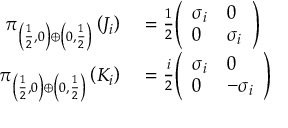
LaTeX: \begin{array} { r l } { \pi _ { \left( { \frac { 1 } { 2 } } , 0 \right) \oplus \left( 0 , { \frac { 1 } { 2 } } \right) } \left( J _ { i } \right) } & { { } = { \frac { 1 } { 2 } } { \left( \begin{array} { l l } { \sigma _ { i } } & { 0 } \\ { 0 } & { \sigma _ { i } } \end{array} \right) } } \\ { \pi _ { \left( { \frac { 1 } { 2 } } , 0 \right) \oplus \left( 0 , { \frac { 1 } { 2 } } \right) } \left( K _ { i } \right) } & { { } = { \frac { i } { 2 } } { \left( \begin{array} { l l } { \sigma _ { i } } & { 0 } \\ { 0 } & { - \sigma _ { i } } \end{array} \right) } } \end{array}